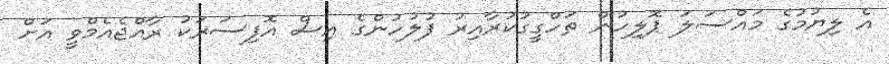
އެ ލިޔުމުގެ މައްސަލަ ޕޮލިހުން ތަހްގީގުކުރާއިރު ފުލުހުންގެ އިސް އޮފިސަރަކު ރާއްޖެއެމްވީ އަށް